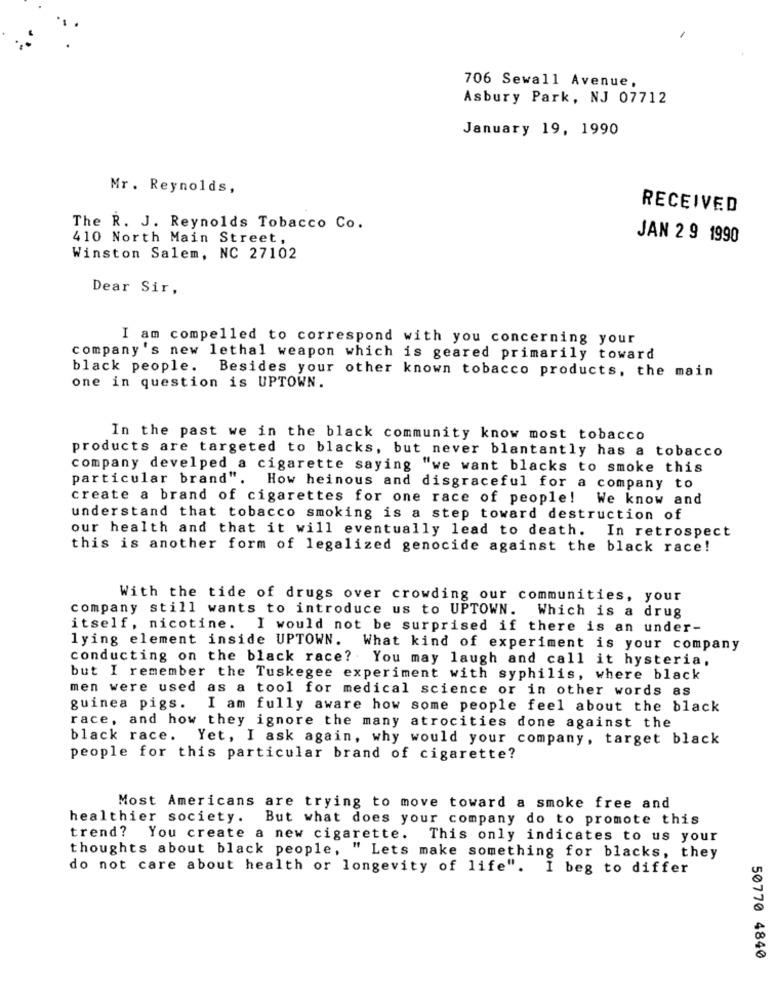
706 Sewall Avenue,
Asbury Park, NJ 07712
January 19, 1990
Mr. Reynolds,
RECEIVED
The R. J. Reynolds Tobacco Co.
410 North Main Street,
JAN 2 9 1990
Winston Salem, NC 27102
Dear Sir,
I am compelled to correspond with you concerning your
company's new lethal weapon which is geared primarily toward
black people. Besides your other known tobacco products, the main
one in question is UPTOWN.
In the past we in the black community know most tobacco
products are targeted to blacks, but never blantantly has a tobacco
company develped a cigarette saying "we want blacks to smoke this
particular brand". How heinous and disgraceful for a company to
create a brand of cigarettes for one race of people! We know and
understand that tobacco smoking is a step toward destruction of
our health and that it will eventually lead to death. In retrospect
this is another form of legalized genocide against the black race!
With the tide of drugs over crowding our communities, your
company still wants to introduce us to UPTOWN. Which is a drug
itself, nicotine. I would not be surprised if there is an under-
lying element inside UPTOWN. What kind of experiment is your company
conducting on the black race? . You may laugh and call it hysteria,
but I remember the Tuskegee experiment with syphilis, where black
men were used as a tool for medical science or in other words as
guinea pigs. I am fully aware how some people feel about the black
race, and how they ignore the many atrocities done against the
black race. Yet, I ask again, why would your company, target black
people for this particular brand of cigarette?
Most Americans are trying to move toward a smoke free and
healthier society. But what does your company do to promote this
trend? You create a new cigarette. This only indicates to us your
thoughts about black people, " Lets make something for blacks, they
do not care about health or longevity of life". I beg to differ
50770 4840